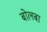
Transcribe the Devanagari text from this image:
बोलबा